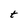
Character: t